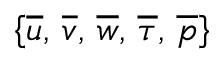
\left\{ \overline { { u } } , \, \overline { { v } } , \, \overline { { w } } , \, \overline { { \tau } } , \, \overline { { p } } \right\rbrace